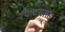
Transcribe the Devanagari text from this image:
फिटयलस